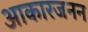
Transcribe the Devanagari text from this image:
आकारजनन